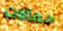
حمالات